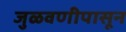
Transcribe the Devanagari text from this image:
जुळवणीपासून